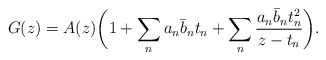
\begin{align*}G(z) = A(z)\bigg( 1+ \sum_n a_n \bar b_n t_n+ \sum_n \frac{a_n \bar b_n t^2_n}{z-t_n}\bigg).\end{align*}